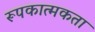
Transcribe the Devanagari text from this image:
रूपकात्मकता